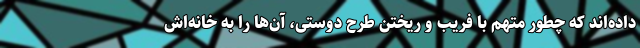
داده‌اند که چطور متهم با فریب و ریختن طرح دوستی، آن‌ها را به خانه‌اش